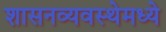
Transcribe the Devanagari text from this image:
शासनव्यवस्थेमध्ये